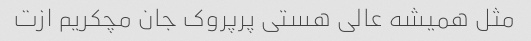
مثل همیشه عالی هستی پرپروک جان مچکریم ازت